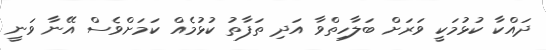
ދައްކާ ކުޅުމަކީ ވަރަށް ބަލާހިތްވާ އަދި ތަފާތު ކުޅުމެއް ކަމަށްވެސް އޭނާ ވަނީ